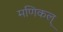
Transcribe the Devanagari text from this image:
मणिकल्